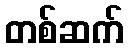
တစ်ဆက်